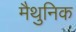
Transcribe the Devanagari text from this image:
मैथुनिक